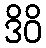
ဒိဝိ